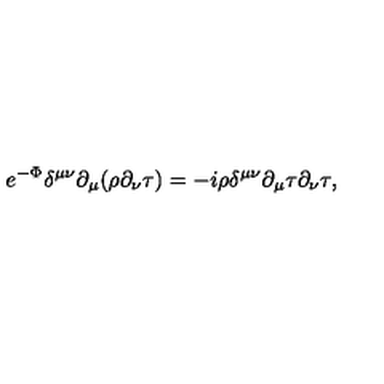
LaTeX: e ^ { - \Phi } \delta ^ { \mu \nu } \partial _ { \mu } ( \rho \partial _ { \nu } \tau ) = - i \rho \delta ^ { \mu \nu } \partial _ { \mu } \tau \partial _ { \nu } \tau ,